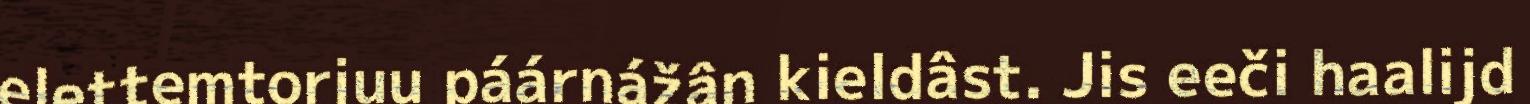
elettemtorjuu páárnážân kieldâst. Jis eeči haalijd